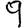
Digit: 9